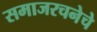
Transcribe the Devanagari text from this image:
समाजरचनेचे